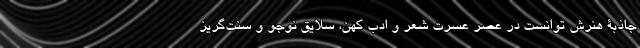
جاذبۀ هنرش توانست در عصر عسرت شعر و ادب کهن، سلایق نوجو و سنت‌گریز